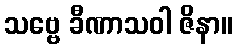
သဗ္ဗေ ခီဏာသဝါ ဇိနာ။